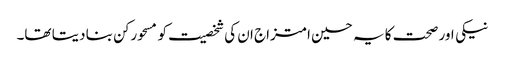
نیکی اور صحت کا یہ حسین امتزاج ان کی شخصیت کو مسحورکن بنا دیتا تھا۔